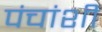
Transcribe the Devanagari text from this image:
पंचांशी